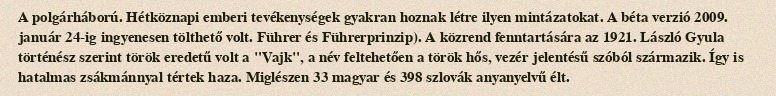
A polgárháború. Hétköznapi emberi tevékenységek gyakran hoznak létre ilyen mintázatokat. A béta verzió 2009. január 24-ig ingyenesen tölthető volt. Führer és Führerprinzip). A közrend fenntartására az 1921. László Gyula történész szerint török eredetű volt a "Vajk", a név feltehetően a török hős, vezér jelentésű szóból származik. Így is hatalmas zsákmánnyal tértek haza. Miglészen 33 magyar és 398 szlovák anyanyelvű élt.